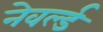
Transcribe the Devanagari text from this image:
नेवर्ल्ड